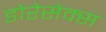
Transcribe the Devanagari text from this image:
डोरेसेक्स